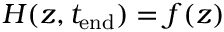
H ( z , t _ { \mathrm { e n d } } ) = f ( z )